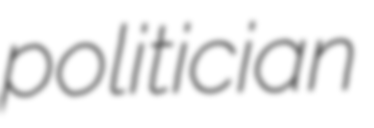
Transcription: politician